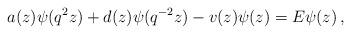
LaTeX: \begin{align*}a(z)\psi (q^2 z)+d(z)\psi (q^{-2}z)-v(z)\psi (z)=E\psi (z)\,,\end{align*}